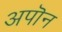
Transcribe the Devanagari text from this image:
अपॊन